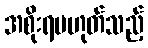
အစိုးရမဟုတ်သည့်